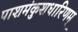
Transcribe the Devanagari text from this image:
पाशमंकुशधारिणम्